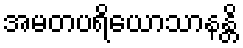
အမတပရိယောသာနန္တိ